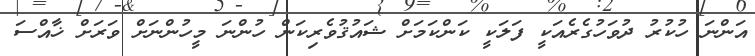
އަންނަ ހުކުރު ދުވަހުގެރެއަކީ ފަލަކީ ކަންކަމަށް ޝައުޤުވެރިކަން ހުންނަ މީހުންނަށް ވަރަށް ޚާއްސަ